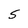
Character: S